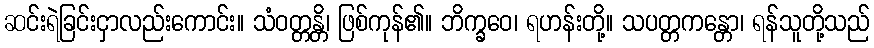
ဆင်းရဲခြင်းငှာလည်းကောင်း။ သံဝတ္တန္တိ၊ ဖြစ်ကုန်၏။ ဘိက္ခဝေ၊ ရဟန်းတို့။ သပတ္တကန္တော၊ ရန်သူတို့သည်